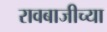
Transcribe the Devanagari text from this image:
रावबाजीच्या